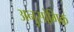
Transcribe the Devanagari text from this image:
अनुसांगिक